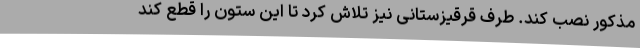
مذکور نصب کند. طرف قرقیزستانی نیز تلاش کرد تا این ستون را قطع کند